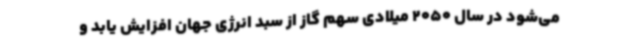
می‌شود در سال 2050 میلادی سهم گاز از سبد انرژی جهان افزایش یابد و